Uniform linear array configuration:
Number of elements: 4
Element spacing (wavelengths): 0.5
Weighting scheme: exponential
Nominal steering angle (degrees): -30
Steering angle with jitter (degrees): -31.658
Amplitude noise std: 0.05
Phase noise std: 0.05

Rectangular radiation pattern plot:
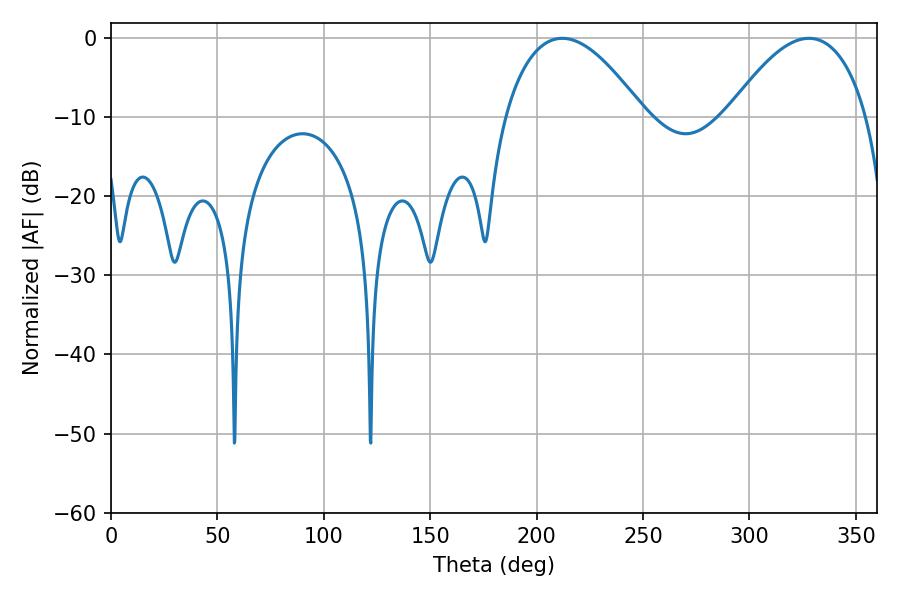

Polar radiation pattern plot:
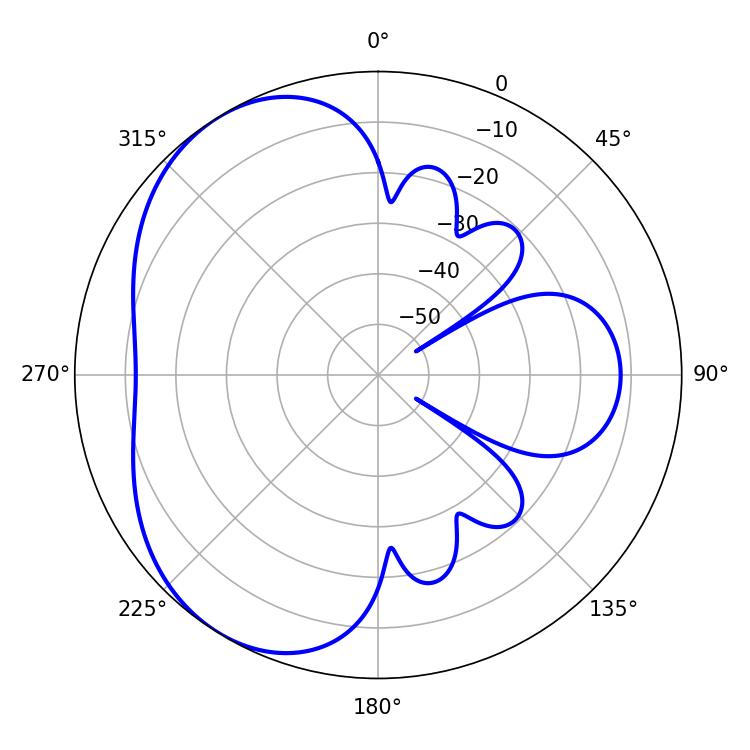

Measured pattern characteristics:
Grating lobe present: FALSE
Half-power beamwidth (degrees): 36
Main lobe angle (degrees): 212.04